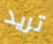
تريد